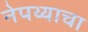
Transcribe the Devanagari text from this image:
नेपथ्याचा